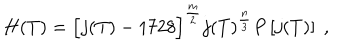
H ( T ) = \Bigl [ j ( T ) - 1 7 2 8 \Bigr ] ^ { \frac { m } { 2 } } j ( T ) ^ { \frac { n } { 3 } } P \left[ j ( T ) \right] \; ,